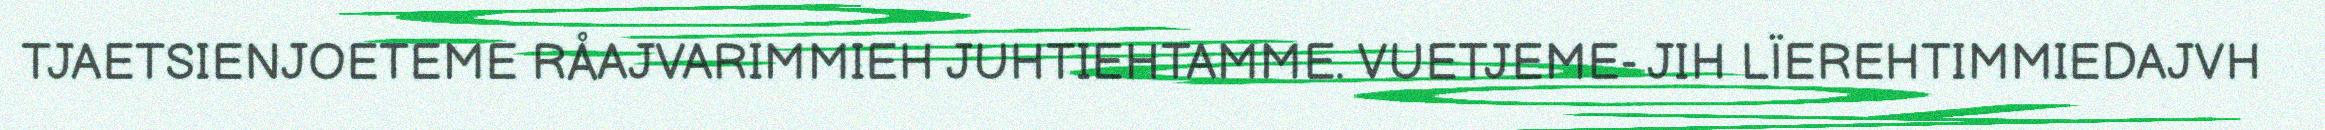
TJAETSIENJOETEME RÅAJVARIMMIEH JUHTIEHTAMME. VUETJEME- JIH LÏEREHTIMMIEDAJVH